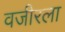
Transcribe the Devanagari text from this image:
वजीरला